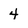
Character: 4